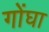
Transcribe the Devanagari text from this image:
गोंघा